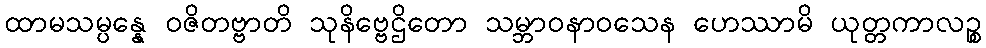
ထာမသမ္ပန္နေ ဝဇိတဗ္ဗာတိ သုနိဗ္ဗေဌိတော သမ္ဘာဝနာဝသေန ဟေဿာမိ ယုတ္တကာလဉ္စ